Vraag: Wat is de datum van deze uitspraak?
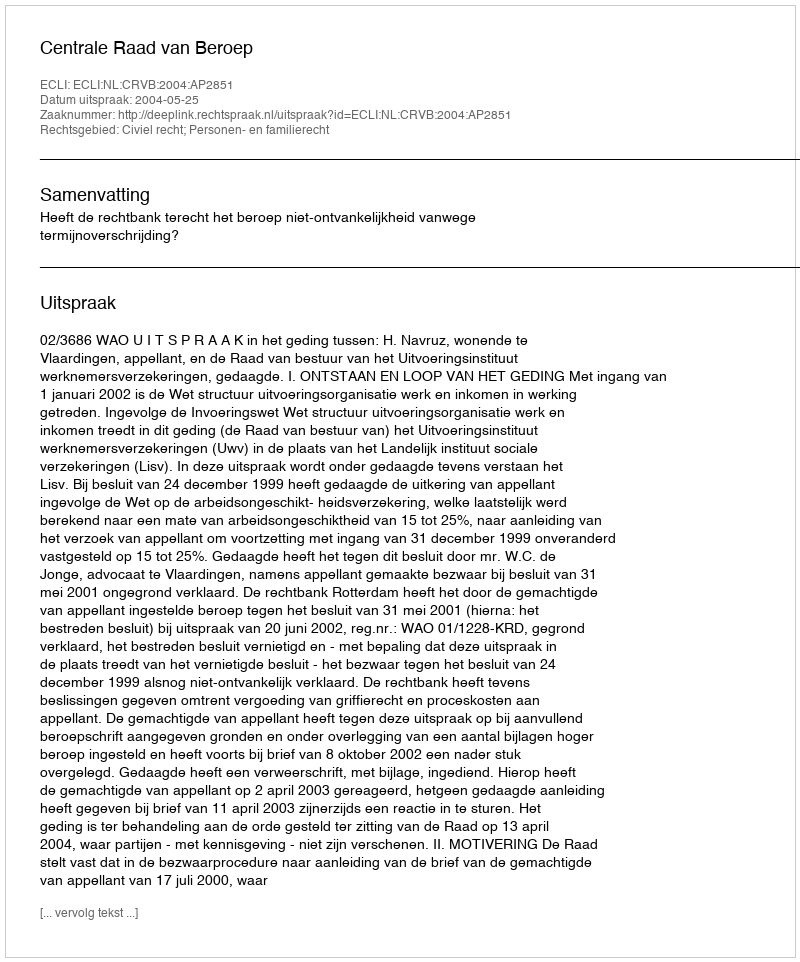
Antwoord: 2004-05-25